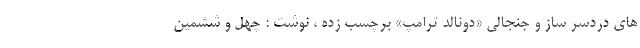
های دردسر ساز و جنجالی «دونالد ترامپ» برچسب زده ، نوشت : چهل و ششمین